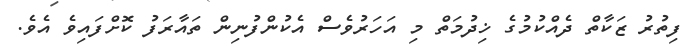
ފިތުރު ޒަކާތް ދެއްކުމުގެ ޚިދުމަތް މި އަހަރުވެސް އެކުންފުނިން ތައާރަފު ކޮށްފައިވެ އެވެ.